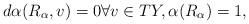
LaTeX: \begin{align*}d\alpha(R_{\alpha},v) = 0 \forall v \in TY, \alpha(R_{\alpha}) = 1,\end{align*}